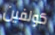
كولفين